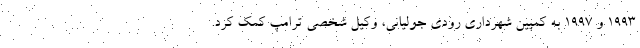
۱۹۹۳ و ۱۹۹۷ به کمپین شهرداری رودی جولیانی، وکیل شخصی ترامپ کمک کرد.